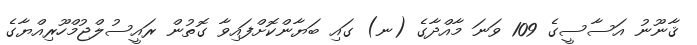
ޤާނޫނު އަސާސީގެ 109 ވަނަ މާއްދާގެ (ނ) ގައި ބަޔާންކޮށްފައިވާ ގޮތުން ރައީސުލްޖުމްހޫރިއްޔާގެ